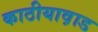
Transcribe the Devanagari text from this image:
काठीयाव़ाड